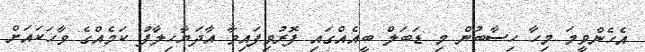
އެހެންވީމަ މިހާ ހިސާބުން މި ޑަބަލް ބީއެއްގައި ފޮރުވިފައިވާ އާދަޔާހިލާފު ކަމެއްގެ ވާހަކައަށް